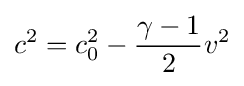
c^{2}=c_{0}^{2}-{\frac {\gamma -1}{2}}v^{2}